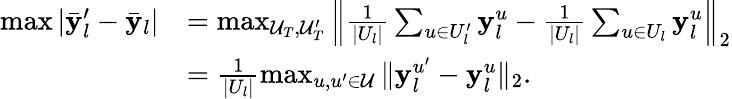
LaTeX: \begin{array}{rl}{\operatorname*{max}|\bar{\mathbf{y}}_{l}^{\prime}-\bar{\mathbf{y}}_{l}|}&{=\operatorname*{max}_{\mathcal{U}_{T},\mathcal{U}_{T}^{\prime}}\left\Vert\frac{1}{|U_{l}|}\sum_{u\in U_{l}^{\prime}}{\mathbf{y}}_{l}^{u}-\frac{1}{|U_{l}|}\sum_{u\in U_{l}}\mathbf{y}_{l}^{u}\right\Vert_{2}}\\ &{=\frac{1}{|U_{l}|}\operatorname*{max}_{u,u^{\prime}\in\mathcal{U}}\Vert\mathbf{y}_{l}^{u^{\prime}}-\mathbf{y}_{l}^{u}\Vert_{2}.}\end{array}